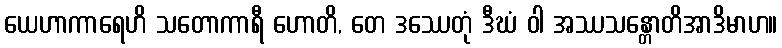
ယေဟာကာရေဟိ သတောကာရီ ဟောတိ, တေ ဒဿေတုံ ဒီဃံ ဝါ အဿသန္တောတိအာဒိမာဟ။